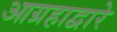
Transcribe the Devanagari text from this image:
आग्रहाद्वारे